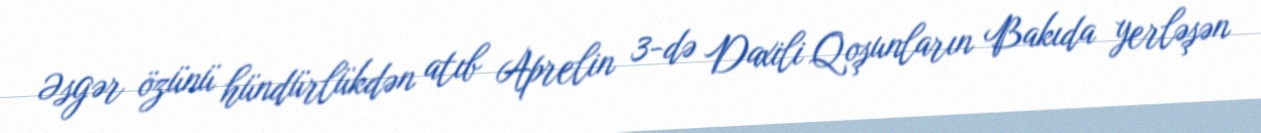
Əsgər özünü hündürlükdən atıb Aprelin 3-də Daxili Qoşunların Bakıda yerləşən